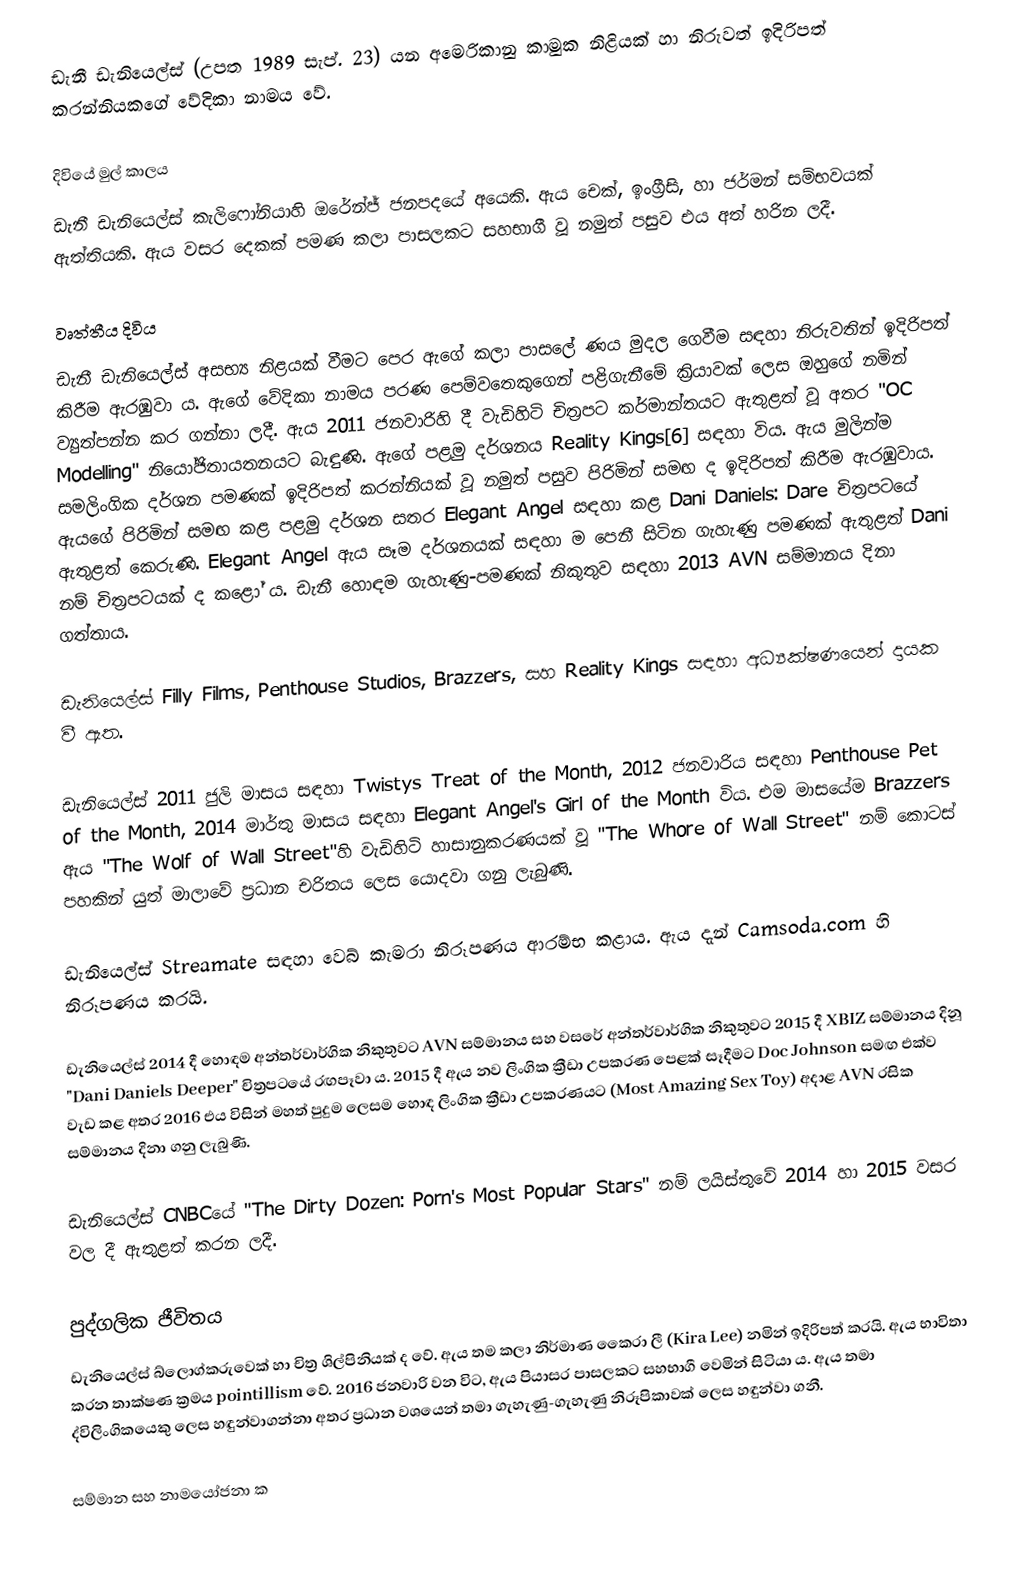
ඩැනී ඩැනියෙල්ස් (උපත 1989 සැප්. 23) යන අමෙරිකානු  කාමුක  නිළියක් හා නිරුවත් ඉදිරිපත් කරන්නියකගේ වේදිකා නාමය වේ.

දිවියේ මුල් කාලය
ඩැනී ඩැනියෙල්ස් කැලිෆෝනියාහි ඔරේන්ජ් ජනපදයේ අයෙකි. ඇය චෙක්, ඉංග්‍රීසි, හා ජර්මන් සම්භවයක් ඇත්තියකි. ඇය වසර දෙකක් පමණ කලා පාසලකට සහභාගී වූ නමුත් පසුව එය අත් හරින ලදී.

වෘත්තීය දිවිය
ඩැනී ඩැනියෙල්ස් අසභ්‍ය නිළයක් වීමට පෙර ඇගේ කලා පාසලේ ණය මුදල ගෙවීම සඳහා නිරුවතින් ඉදිරිපත් කිරීම ඇරඹුවා ය. ඇගේ වේදිකා නාමය පරණ පෙම්වතෙකුගෙන් පළිගැනීමේ ක්‍රියාවක් ලෙස ඔහුගේ නමින් ව්‍යුත්පන්න කර ගන්නා ලදී. ඇය 2011 ජනවාරිහි දී වැඩිහිටි චිත්‍රපට කර්මාන්තයට ඇතුළත් වූ අතර "OC Modelling" නියෝජිතායතනයට බැඳුණි. ඇගේ පළමු දර්ශනය Reality Kings[6] සඳහා විය. ඇය මුලින්ම සමලිංගික දර්ශන පමණක් ඉදිරිපත් කරන්නියක් වූ නමුත් පසුව පිරිමින් සමඟ ද ඉදිරිපත් කිරීම ඇරඹුවාය. ඇයගේ පිරිමින් සමඟ කළ පළමු දර්ශන සතර Elegant Angel සඳහා කළ Dani Daniels: Dare චිත්‍රපටයේ ඇතුළත් කෙරුණි. Elegant Angel ඇය සෑම දර්ශනයක් සඳහා ම පෙනී සිටින ගැහැණු පමණක් ඇතුළත් Dani නම් චිත්‍රපටයක් ද කළෝ ය. ඩැනී හොඳම ගැහැණු-පමණක් නිකුතුව සඳහා 2013 AVN සම්මානය දිනා ගත්තාය.

ඩැනියෙල්ස් Filly Films, Penthouse Studios, Brazzers, සහ Reality Kings සඳහා අධ්‍යක්ෂණයෙන් දායක වී ඇත.

ඩැනියෙල්ස් 2011 ජුලි මාසය සඳහා Twistys Treat of the Month, 2012 ජනවාරිය සඳහා Penthouse Pet of the Month, 2014 මාර්තු මාසය සඳහා Elegant Angel's Girl of the Month විය. එම මාසයේම Brazzers ඇය "The Wolf of Wall Street"හි වැඩිහිටි හාසානුකරණයක් වූ "The Whore of Wall Street" නම් කොටස් පහකින් යුත් මාලාවේ ප්‍රධාන චරිතය ලෙස යොදවා ගනු ලැබුණි.

ඩැනියෙල්ස් Streamate සඳහා වෙබ් කැමරා නිරූපණය ආරම්භ කළාය. ඇය දැන් Camsoda.com හි නිරූපණය කරයි.

ඩැනියෙල්ස් 2014 දී හොඳම අන්තර්වාර්ගික නිකුතුවට AVN සම්මානය සහ වසරේ අන්තර්වාර්ගික නිකුතුවට 2015 දී XBIZ සම්මානය දිනූ "Dani Daniels Deeper"  චිත්‍රපටයේ රඟපෑවා ය. 2015 දී ඇය නව ලිංගික ක්‍රීඩා උපකරණ පෙළක් සෑදීමට Doc Johnson සමඟ එක්ව වැඩ කළ අතර 2016 එය විසින් මහත් පුදුම ලෙසම හොඳ ලිංගික ක්‍රීඩා උපකරණයට (Most Amazing Sex Toy) අදාළ AVN රසික සම්මානය දිනා ගනු ලැබුණි.

ඩැනියෙල්ස් CNBCයේ "The Dirty Dozen: Porn's Most Popular Stars" නම් ලයිස්තුවේ 2014 හා 2015 වසර වල දී ඇතුළත් කරන ලදී.

පුද්ගලික ජීවිතය
ඩැනියෙල්ස් බ්ලොග්කරුවෙක් හා චිත්‍ර ශිල්පිනියක් ද වේ. ඇය තම කලා නිර්මාණ කෛරා ලී (Kira Lee) නමින් ඉදිරිපත් කරයි. ඇය භාවිතා කරන තාක්ෂණ ක්‍රමය pointillism වේ. 2016 ජනවාරි වන විට, ඇය පියාසර පාසලකට සහභාගී වෙමින් සිටියා ය. ඇය තමා ද්විලිංගිකයෙකු ලෙස හඳුන්වාගන්නා අතර ප්‍රධාන වශයෙන් තමා ගැහැණු-ගැහැණු නිරූපිකාවක් ලෙස හඳුන්වා ගනී.

සම්මාන සහ නාමයෝජනා ක